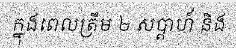
ក្នុងពេលត្រឹម ២ សប្តាហ៍ និង